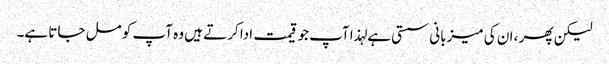
لیکن پھر ، ان کی میزبانی سستی ہے لہذا آپ جو قیمت ادا کرتے ہیں وہ آپ کو مل جاتا ہے۔